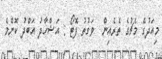
މިއަދުގެ މެޗުގެ ތެރެއިން  ވަގުތު ފޮޓޯ : އަޝްހާދު އަބްދު ކޮންމެ